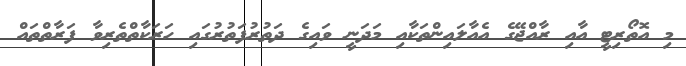
މި އޮތޯރިޓީ އާއި ރާއްޖޭގެ އެއާލައިންތަކާއި މަދަނީ ވައިގެ ދަތުރުފަތުރުގައި ހަރަކާތްތެރިވާ ފަރާތްތައް